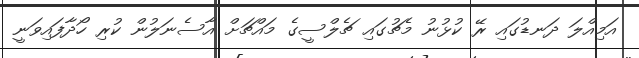
އަމިއްލަ ދަނޑުގައި ރޭ ކުޅުނު މެޗުގައި ޗެލްސީގެ މައްޗަށް އާސެނަލުން ކުރި ހޯދާފައިވަނީ